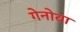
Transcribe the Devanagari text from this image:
गेनोवा